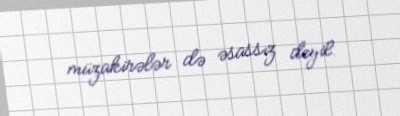
müzakirələr də əsassız deyil.